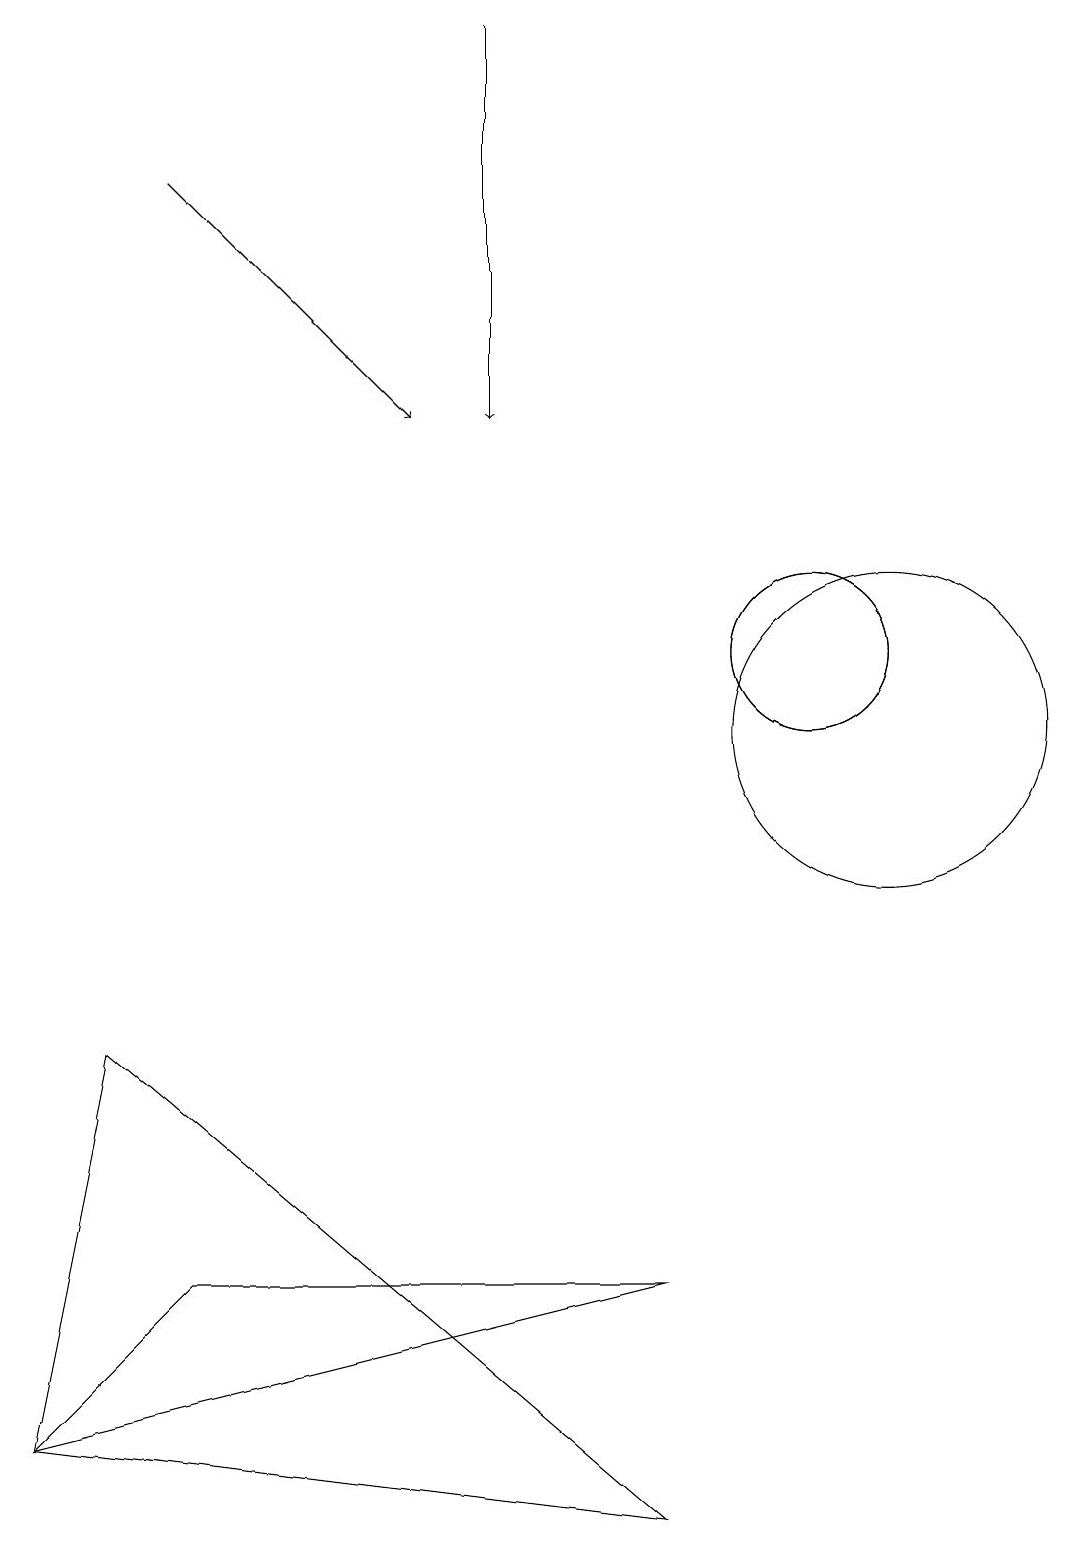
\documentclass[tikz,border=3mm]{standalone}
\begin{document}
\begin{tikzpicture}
\draw[->] (6,19) -- (6,14);
\draw (11,10) circle (2);
\draw (0,1) -- (8,0) -- (1,6) -- cycle;
\draw (10,11) circle (1);
\draw (8,3) -- (2,3) -- (0,1) -- cycle;
\draw[->] (2,17) -- (5,14);
\draw (10,11) circle (1);
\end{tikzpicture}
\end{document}